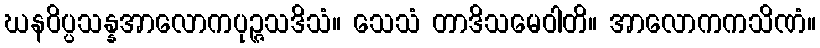
ဃနဝိပ္ပသန္နအာလောကပုဉ္ဇသဒိသံ။ သေသံ တာဒိသမေဝါတိ။ အာလောကကသိဏံ။